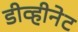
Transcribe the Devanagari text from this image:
डीव्हीनेट